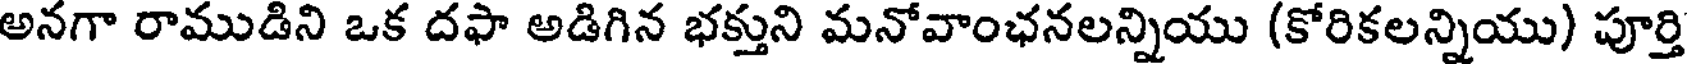
అనగా రాముడిని ఒక దఫా అడిగిన భక్తుని మనోవాంఛనలన్నియు (కోరికలన్నియు) పూర్తి